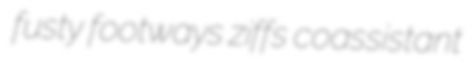
fusty footways ziffs coassistant